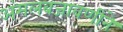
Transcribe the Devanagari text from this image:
अंमलबजावणीने